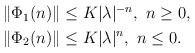
LaTeX: \begin{align*} \begin{aligned} \|\Phi_1(n)\|&\leq K |\lambda|^{-n},\ n\geq 0,\\ \|\Phi_2(n)\|&\leq K |\lambda|^{n},\ n\leq 0. \end{aligned} \end{align*}